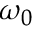
\omega _ { 0 }